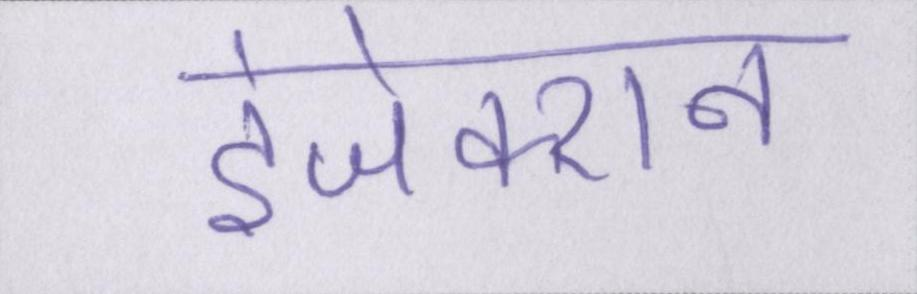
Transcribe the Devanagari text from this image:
इंजेक्शन